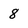
Character: 8